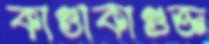
কাণ্ডাকাণ্ডজ্ঞ